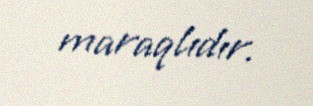
maraqlıdır.